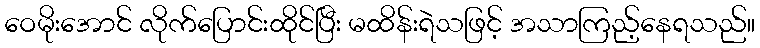
ဝေမိုးအောင် လိုက်ပြောင်းထိုင်ပြီး မထိန်းရဲသဖြင့် အသာကြည့်နေရသည်။